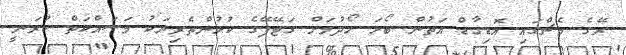
ރޭގެ މެޗްގައި އޮޑިގާޑް އަތުން ބޯޅަ ހޯދުމަށް ގަޓޭފޭގެ ކުޅުންތެރިޔަކު މަސައްކަތް ކުރަނީ